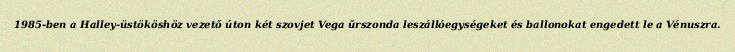
1985-ben a Halley-üstököshöz vezető úton két szovjet Vega űrszonda leszállóegységeket és ballonokat engedett le a Vénuszra.